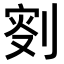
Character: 𠝬